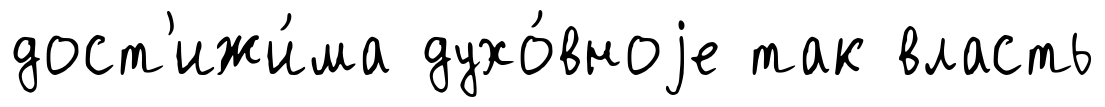
дост'ижи́ма духо́вноjе так власть